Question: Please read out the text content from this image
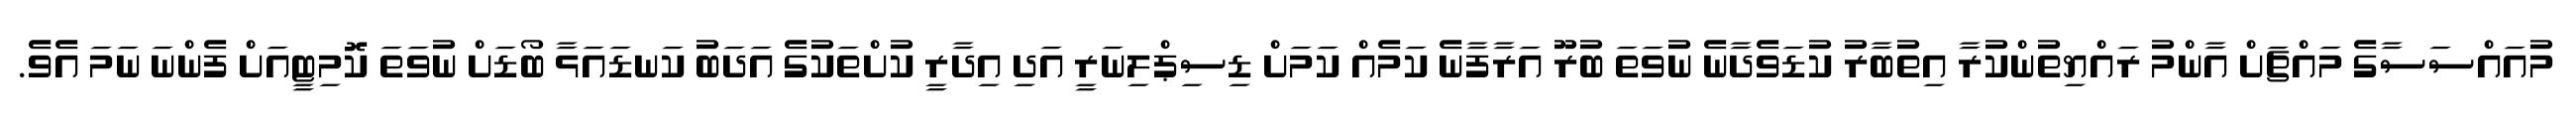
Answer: މުއައްސަސާގެ މައްޗަށް އާންމު ރައްޔިތުންކުރާ އިތުބާރު ކުޑަވެދާނެ ނުވަތަ ބުރޫ އަރާފާނެ ކަމެއް ކަމަށް ޑިސިޕްލިނަރީ އަދި އިދާރީ ކުށްތަކުގެ އަދަބު ކަނޑައަޅާ ބޯޑަށް ނުވަތަ ކޮމިޓީއަށް ފެންނަ ނަމަ އެވެ.